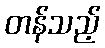
တန်သည့်